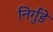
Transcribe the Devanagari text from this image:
निर्गुडे